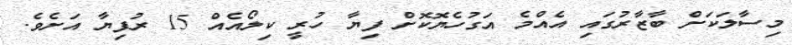
މިސާލަކަށް ބާޒާރުގައި އެއްމެ އަގުހެޔޮކޮށް ފިޔާ ހުރީ ކިލޯއެއް 15 ރުފިޔާ އަށެވެ.